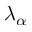
\lambda _ { \alpha }